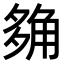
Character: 𧣡